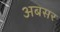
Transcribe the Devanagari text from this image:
अबसर